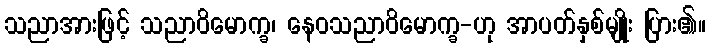
သညာအားဖြင့် သညာဝိမောက္ခ၊ နေဝသညာဝိမောက္ခ-ဟု အာပတ်နှစ်မျိုး ပြား၏။